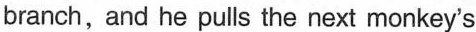
branch,and he pulls the next monkey's